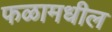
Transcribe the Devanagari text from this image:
फळामधील